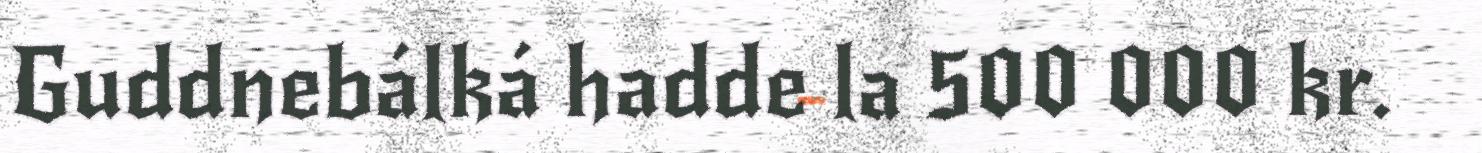
Guddnebálká hadde la 500 000 kr.